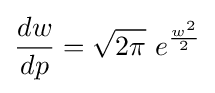
{\frac {dw}{dp}}={\sqrt {2\pi }}\ e^{\frac {w^{2}}{2}}